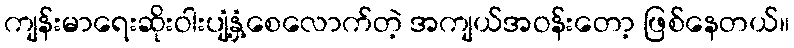
ကျန်းမာရေးဆိုးဝါးပျံ့နှံ့စေလောက်တဲ့ အကျယ်အဝန်းတော့ ဖြစ်နေတယ်။